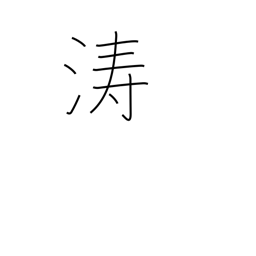
Meaning: billows